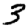
Digit: 3